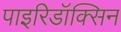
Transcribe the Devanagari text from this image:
पाइरिडॉक्सिन